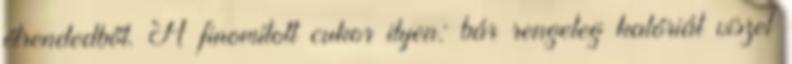
étrendedből. A finomított cukor ilyen: bár rengeteg kalóriát viszel